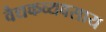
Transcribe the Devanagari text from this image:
वैद्यकव्यवसाय